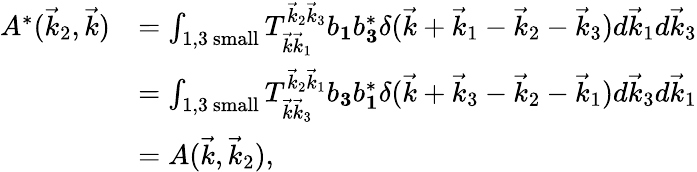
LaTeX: \begin{array}{rl}{A^{*}(\vec{k}_{2},\vec{k})}&{=\int_{1,3\mathrm{~small}}T_{\vec{k}\vec{k}_{1}}^{\vec{k}_{2}\vec{k}_{3}}b_{\mathbf 1}b_{\mathbf 3}^{*}\delta(\vec{k}+\vec{k}_{1}-\vec{k}_{2}-\vec{k}_{3})d\vec{k}_{1}d\vec{k}_{3}}\\ &{=\int_{1,3\mathrm{~small}}T_{\vec{k}\vec{k}_{3}}^{\vec{k}_{2}\vec{k}_{1}}b_{\mathbf 3}b_{\mathbf 1}^{*}\delta(\vec{k}+\vec{k}_{3}-\vec{k}_{2}-\vec{k}_{1})d\vec{k}_{3}d\vec{k}_{1}}\\ &{=A(\vec{k},\vec{k}_{2}),}\end{array}